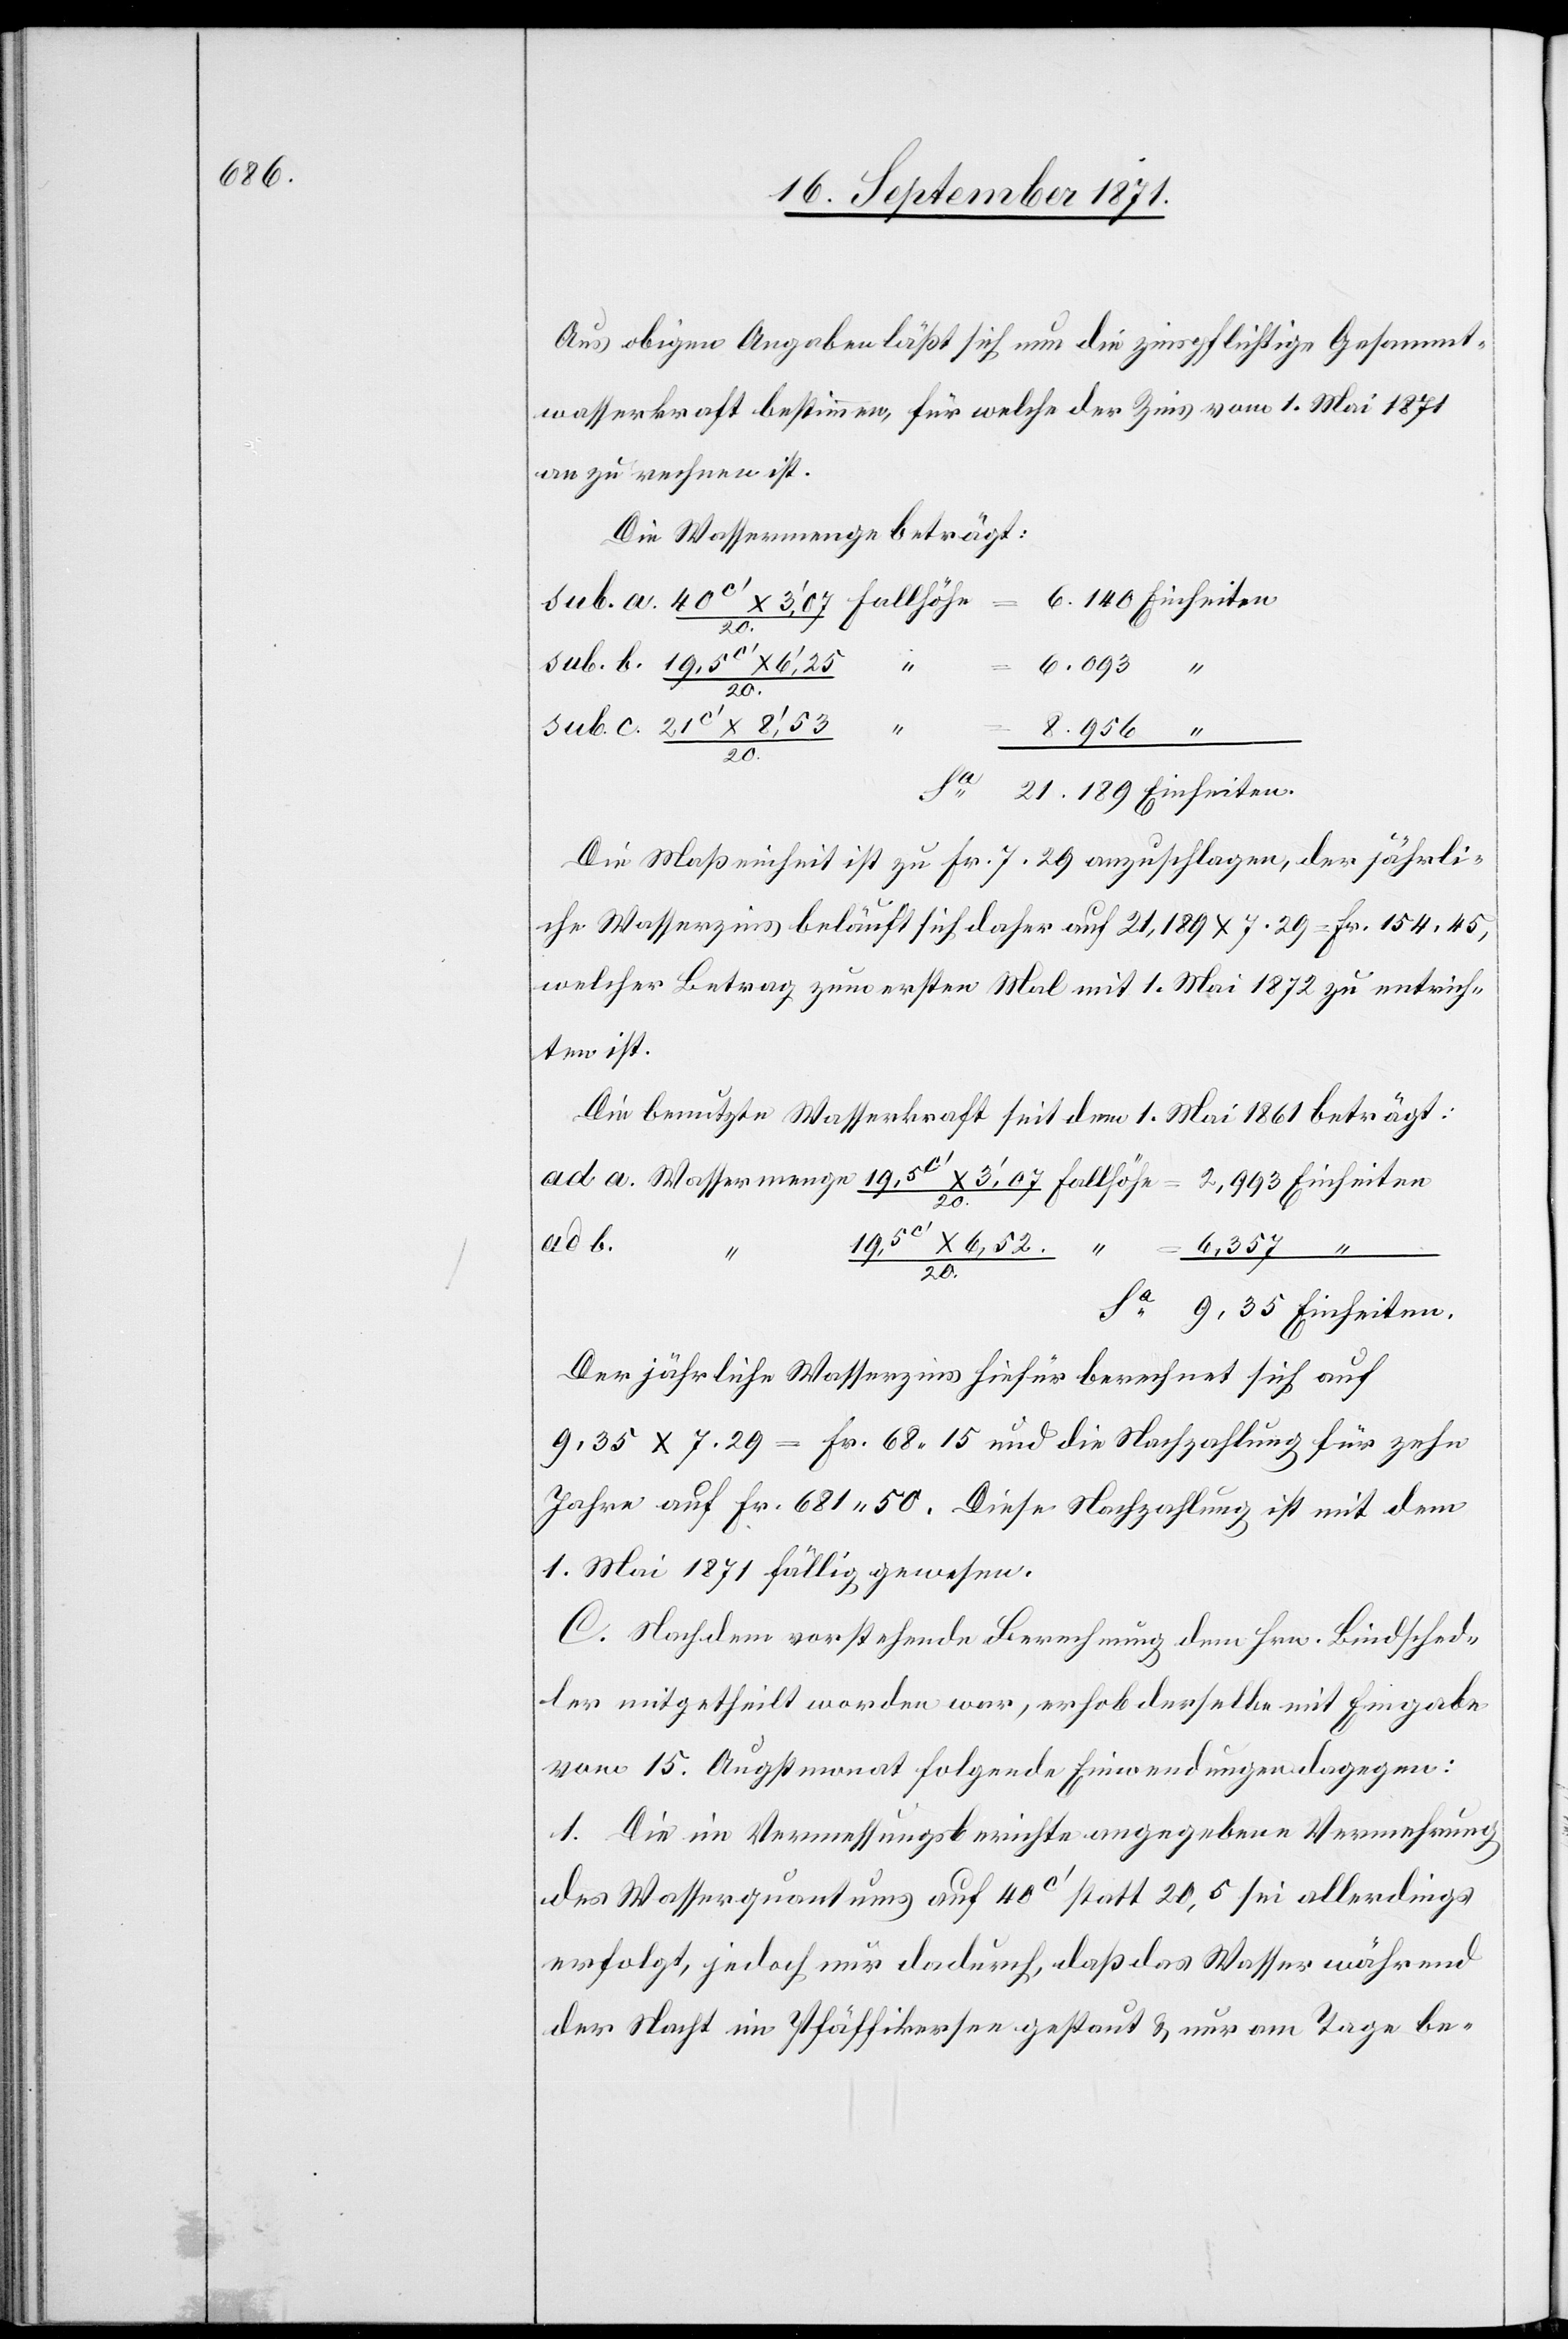
6.140

Aus obigen Angaben läßt sich nun die zinspflichtige Gesammt¬
wasserkraft bestimmen, für welche der Zins vom 1. Mai 1871
an zu verrechnen ist.
Die Wassermenge beträgt:
sub.
Einheiten.
20
Die Maßeinheit ist zu Fr. 7.29 anzuschlagen, der jährli¬
che Wasserzins beläuft sich daher auf 21,189 x 7.29 = Fr. 154.45,
welcher Betrag zum ersten Mal mit 1. Mai 1872 zu entrich¬
ten ist.
Die benutzte Wasserkraft seit dem 1. Mai 1861 beträgt:
Der jährliche Wasserzins hiefür berechnet sich auf
9.35 x 7.29 = Fr. 68.15 und die Nachzahlung für zehn
Jahre auf Fr. 681,59. Diese Nachzahlung ist mit dem
1. Mai 1871 fällig gewesen.
C. Nachdem vorstehende Berechnung dem Hrn. Bindsched¬
ler mitgetheilt worden war, erhob derselbe mit Eingabe
vom 15. Augstmonat folgende Einwendungen dagegen:
1. Die im Vermessungsberichte angegebene Vermehrung
des Wasserquantums auf 40c’ statt 20,5 sei allerdings
erfolgt, jedoch nur dadurch, daß das Wasser während
der Nacht in Pfäffikon gestaut & nur am Tage be-